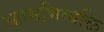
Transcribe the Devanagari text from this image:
आत्मभिव्यक्ति